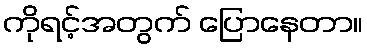
ကိုရင့်အတွက် ပြောနေတာ။